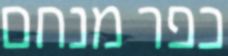
כפר מנחם